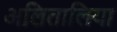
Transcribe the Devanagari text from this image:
अलितालिया